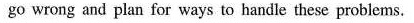
go wrong and plan for ways to handle these problems.